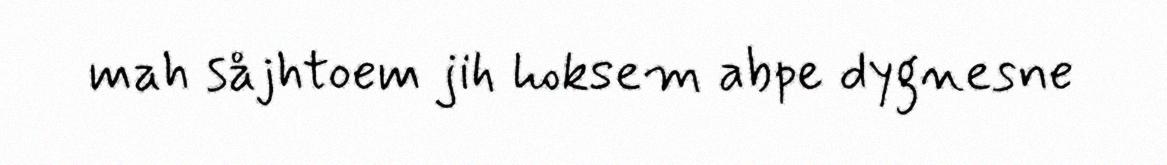
mah såjhtoem jih hoksem abpe dygnesne